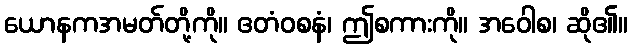
ယောနကအမတ်တို့ကို။ ဧတံဝစနံ၊ ဤစကားကို။ အဝေါစ၊ ဆို၏။